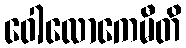
ဝေါလောကေမီတိ